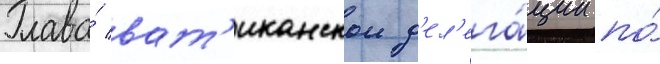
Глава́ ват'иканскои д'ел'ега́ции по́